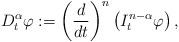
LaTeX: \begin{align*} D_{t}^{\alpha}\varphi:=\left(\frac{d}{dt}\right)^{n}\left(I_{t}^{n-\alpha}\varphi\right),\end{align*}